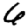
Digit: 6